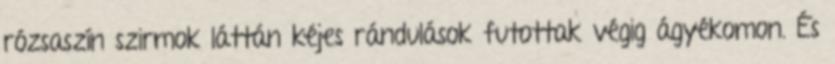
rózsaszín szirmok láttán kéjes rándulások futottak végig ágyékomon. És